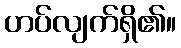
ဟပ်လျက်ရှိ၏။